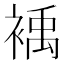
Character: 𲀹